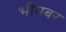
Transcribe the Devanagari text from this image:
भीमबर